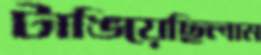
টাঙিয়েছিলাম